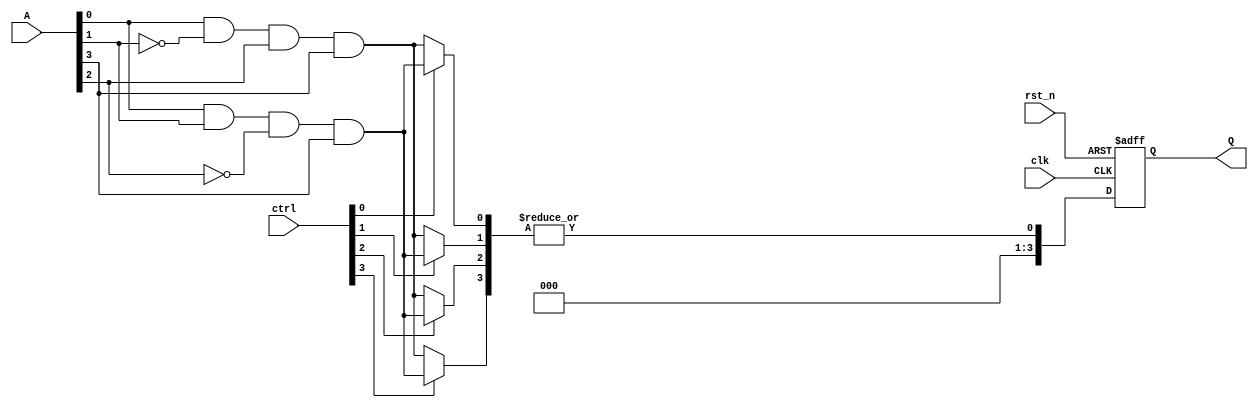
module RPAL #(
    parameter INPUT_WIDTH = 4,   // Number of input signals
    parameter OUTPUT_WIDTH = 4    // Number of outputs (flip-flops)
)(
    input wire [INPUT_WIDTH-1:0] A,      // Input signals
    input wire [OUTPUT_WIDTH-1:0] ctrl,  // Control signals for programming the AND array
    input wire clk,                       // Clock signal
    input wire rst_n,                     // Asynchronous reset (active low)
    output reg [OUTPUT_WIDTH-1:0] Q      // Registered outputs
);

// Internal signals for AND array outputs
wire [OUTPUT_WIDTH-1:0] and_out;

// Programmable AND array
genvar i, j;
generate
    for (i = 0; i < OUTPUT_WIDTH; i = i + 1) begin : and_array
        assign and_out[i] = (ctrl[i]) ? (A[0] & A[1] & ~A[2] & A[3]) : // Example product term 1
                             (A[0] & ~A[1] & A[2] & A[3]);  // Example product term 2
    end
endgenerate

// Fixed OR array
wire or_out;
assign or_out = |and_out; // Combine all AND outputs (logical OR)

// Register section (D-type flip-flops)
always @(posedge clk or negedge rst_n) begin
    if (!rst_n) begin
        Q <= {OUTPUT_WIDTH{1'b0}}; // Initialize registers to 0
    end else begin
        Q <= or_out; // Store the result of OR array
    end
end

endmodule